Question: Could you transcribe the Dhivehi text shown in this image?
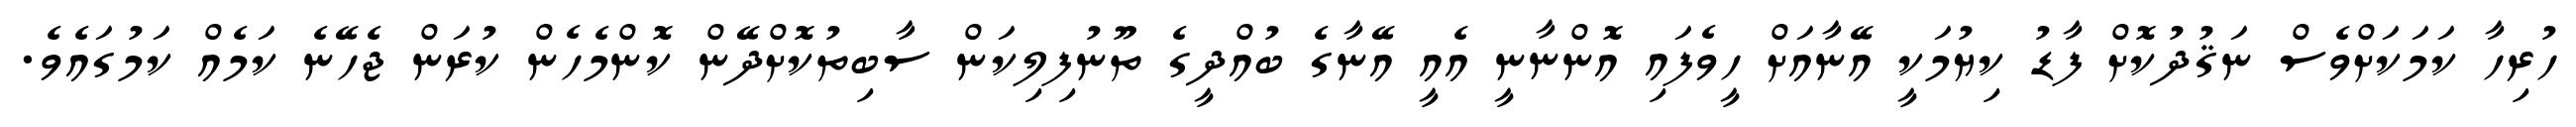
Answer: ހުރިހާ ކަމަކަށްވެސް ނަޤުދުކޮށް ފާޑު ކިޔުމަކީ އޭނާއަށް ހީވެފައި އޮންނާނީ އެއީ އޭނާގެ ބުއްދީގެ ތޫނުފިލިކަން ސާބިތުކޮށްދޭން ކޮންމެހެން ކުރަން ޖެހޭނެ ކަމެއް ކަމުގައެވެ.